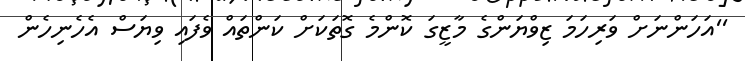
''އަހަންނަށް ވަރިހަމަ ޒިވްޔަންގެ މާޒީގަ ކޮންމެ ގޮތަކަށް ކަންތައް ވެފައި ވިޔަސް އެހެނިހެން